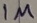
Text: 1M